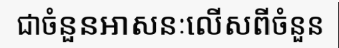
ជាចំនួនអាសនៈលើសពីចំនួន